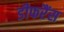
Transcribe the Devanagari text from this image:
डीफरैंस